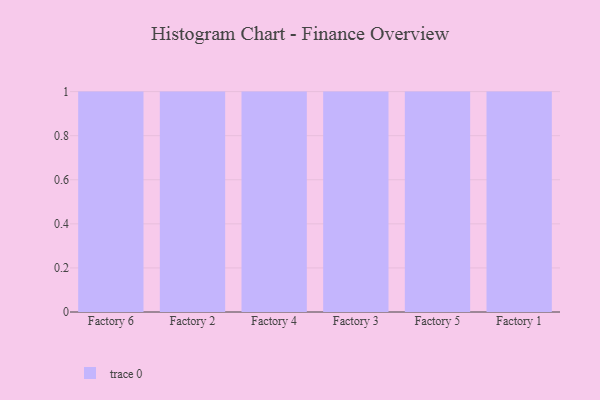
{"axis": {"x": "Factory", "y": "LTV (USD)"}, "legend": [""], "data": [{"x": "Factory 6", "y": 32, "type": ""}, {"x": "Factory 2", "y": 83, "type": ""}, {"x": "Factory 4", "y": 64, "type": ""}, {"x": "Factory 3", "y": 79, "type": ""}, {"x": "Factory 5", "y": 48, "type": ""}, {"x": "Factory 1", "y": 27, "type": ""}]}